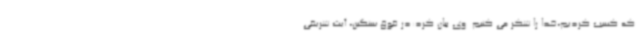
که کسب کردیم،خدا را شکر می کنیم. وی بیان کرد:در فوق سنگین، آیت شریفی